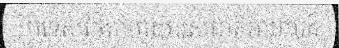
ប្រទេសថៃតាមរយៈរសជាតិអាហារដ៏